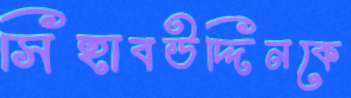
সিহাবউদ্দিনকে